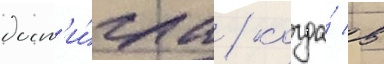
дост'и́гла / когда́ в